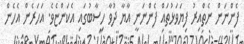
ފެންނަން ނެތްއިރު ފިޔަވަޅުތައް ފެންނަނީ އާޔާ ދުވާ ހިސާބުގައި އެކަންޏެވެ. އަހަރެން އެހެން